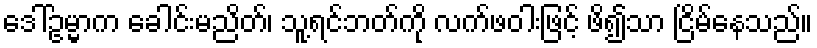
ဒေါ်ဥမ္မာက ခေါင်းမညိတ်၊ သူ့ရင်ဘတ်ကို လက်ဖဝါးဖြင့် ဖိ၍သာ ငြိမ်နေသည်။